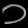
Digit: ၁